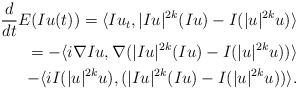
LaTeX: \begin{align*}\aligned\frac{d}{dt} E(Iu(t)) = \langle Iu_{t}, |Iu|^{2k}(Iu) - I(|u|^{2k} u) \rangle \\= -\langle i \nabla Iu, \nabla (|Iu|^{2k} (Iu) - I(|u|^{2k} u)) \rangle \\ - \langle i I(|u|^{2k} u), (|Iu|^{2k}(Iu) - I(|u|^{2k} u)) \rangle.\endaligned\end{align*}